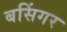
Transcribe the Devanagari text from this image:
बसिंगर